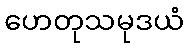
ဟေတုသမုဒယံ